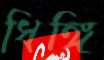
ধিঙ্গি